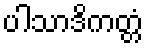
ပါသာဒိကတ္တံ